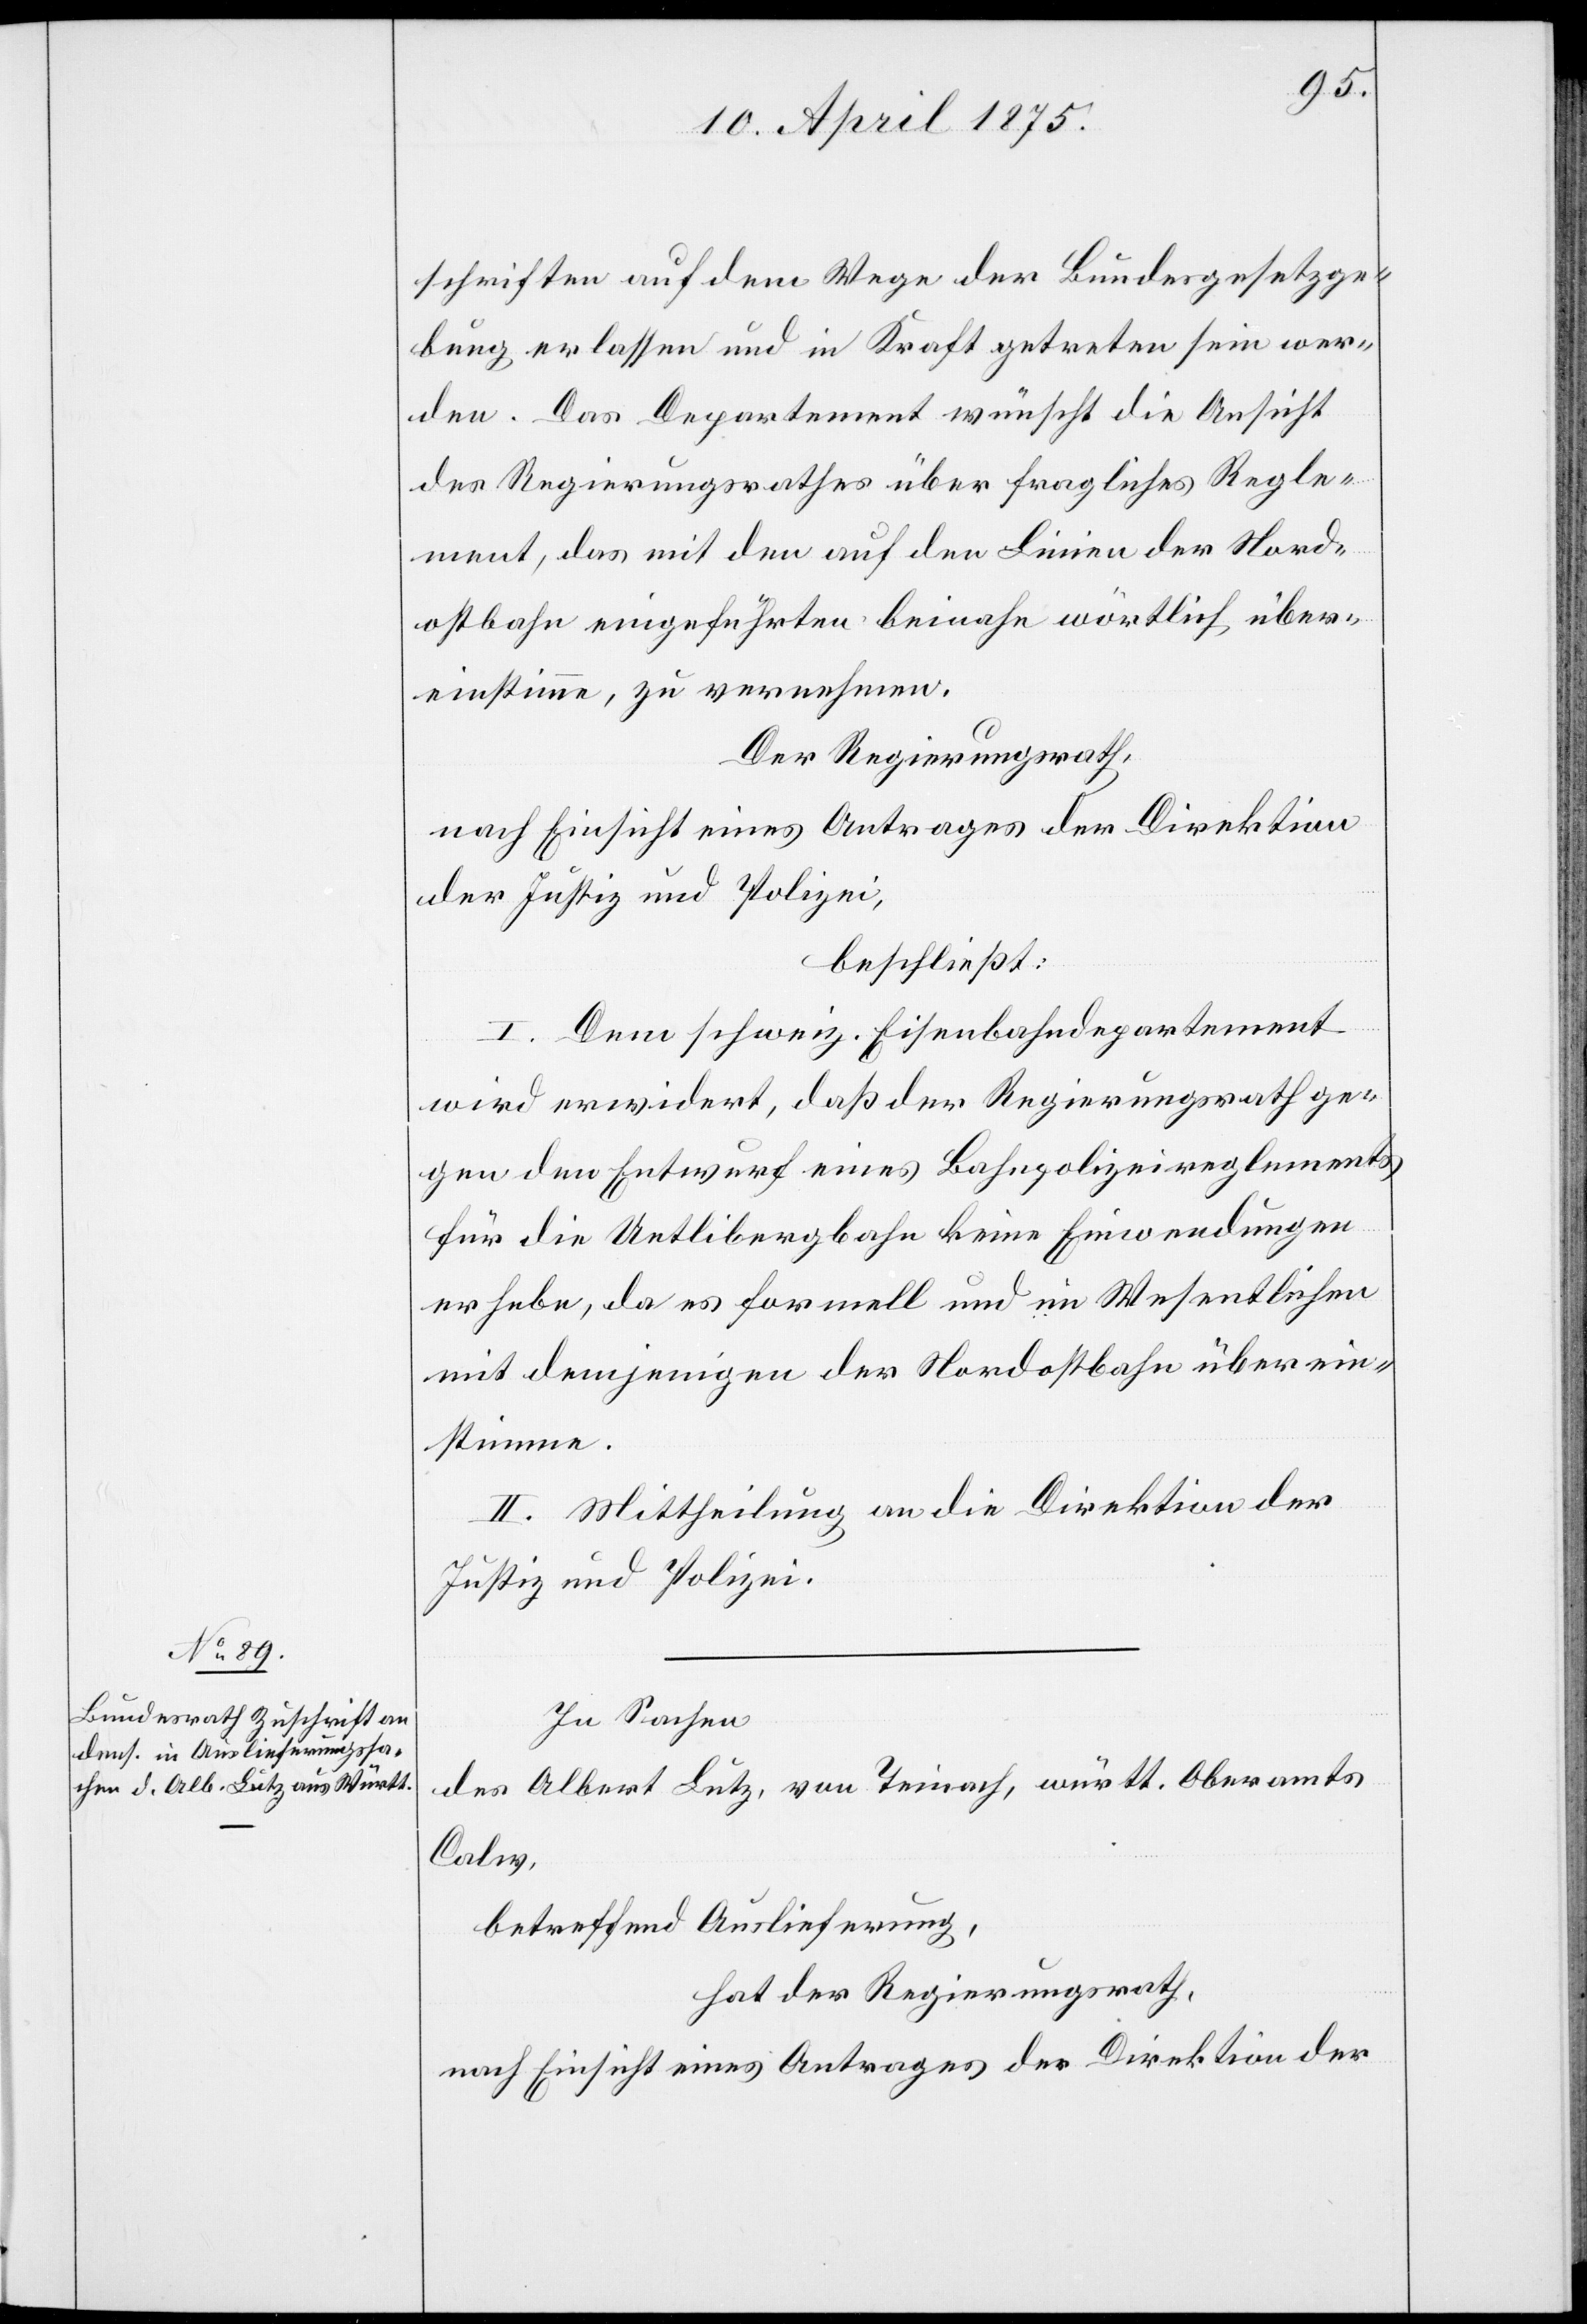
schriften auf dem Wege der Bundesgesetzge¬
bung erlassen und in Kraft getreten sein wer¬
den. Das Departement wünscht die Ansicht
des Regierungsrathes über fragliches Regle¬
ment, das mit der auf den Linien der Nord¬
ostbahn eingeführten beinahe wörtlich, über¬
einstimme, zu vernehmen.
Der Regierungsrath,
nach Einsicht eines Antrages der Direktion
der Justiz und Polizei,
beschließt:
I. Dem schweiz. Eisenbahndepartement
wird erwidert, daß der Regierungsrath ge¬
gen den Entwurf eines Bahnpolizeireglements,
für die Uetlibergbahn keine Einwendungen
erhebe, da es formell und im Wesentlichen
mit demjenigen der Nordostbahn überein¬
stimme.
II. Mittheilung an die Direktion der
Justiz und Polizei.
In Sachen
des Albert Lutz, von Teinach, württ. Oberamts
Calw,
betreffend Auslieferung,
hat der Regierungsrath,
nach Einsicht eines Antrages der Direktion der